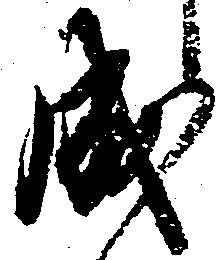
成